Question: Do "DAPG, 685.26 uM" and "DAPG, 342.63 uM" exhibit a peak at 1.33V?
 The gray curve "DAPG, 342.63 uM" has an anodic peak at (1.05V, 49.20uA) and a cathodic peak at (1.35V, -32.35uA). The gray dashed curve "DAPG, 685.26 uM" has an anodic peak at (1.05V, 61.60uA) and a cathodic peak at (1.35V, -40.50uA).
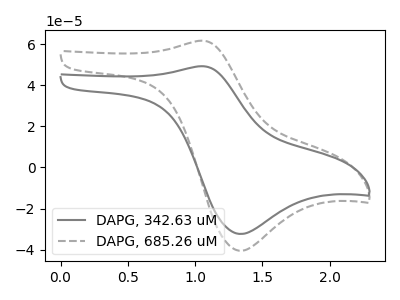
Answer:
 <answer>Yes, "DAPG, 685.26 uM" and "DAPG, 342.63 uM" share a peak at 1.33V.</answer>
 <eval>match</eval>